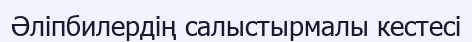
Әліпбилердің салыстырмалы кестесі